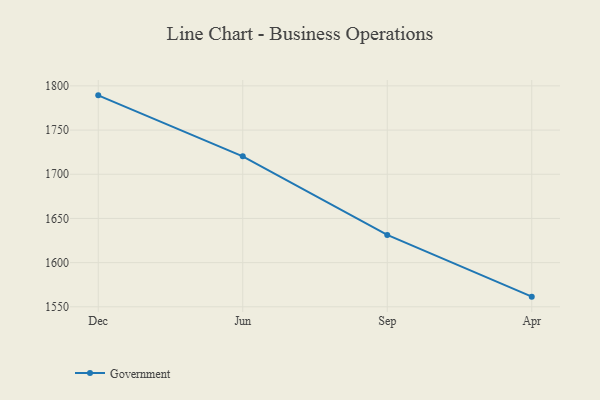
{"axis": {"x": "Month", "y": "Operating Costs (USD K)"}, "legend": ["Government"], "data": [{"x": "Dec", "y": 1789.3, "type": "Government"}, {"x": "Jun", "y": 1720.3, "type": "Government"}, {"x": "Sep", "y": 1631.3, "type": "Government"}, {"x": "Apr", "y": 1561.5, "type": "Government"}]}